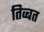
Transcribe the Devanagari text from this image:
तिव्बत